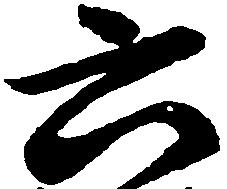
六